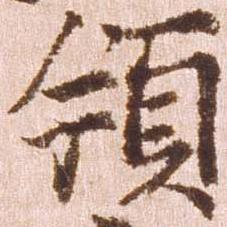
領